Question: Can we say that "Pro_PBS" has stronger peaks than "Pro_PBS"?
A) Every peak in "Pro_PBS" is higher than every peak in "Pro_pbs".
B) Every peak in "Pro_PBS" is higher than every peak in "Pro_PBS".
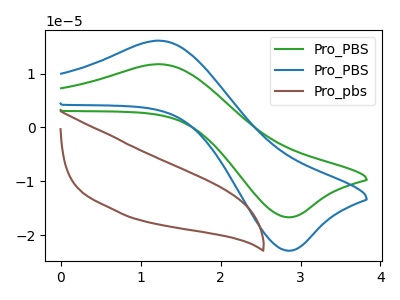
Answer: <think>The green curve "Pro_PBS" has an anodic peak at (1.25V, 11.75uA) and a cathodic peak at (2.85V, -16.65uA). The blue curve "Pro_PBS" has an anodic peak at (1.25V, 16.10uA) and a cathodic peak at (2.85V, -22.90uA). The brown curve "Pro_pbs" has no peaks.</think>
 <answer>B) Every peak in "Pro_PBS" is higher than every peak in "Pro_PBS".</answer>
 <eval>B</eval>